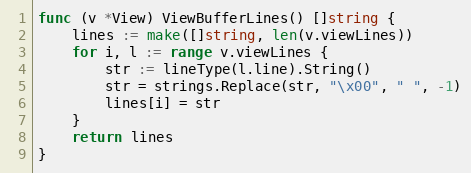
Language: Go
func (v *View) ViewBufferLines() []string {
	lines := make([]string, len(v.viewLines))
	for i, l := range v.viewLines {
		str := lineType(l.line).String()
		str = strings.Replace(str, "\x00", " ", -1)
		lines[i] = str
	}
	return lines
}